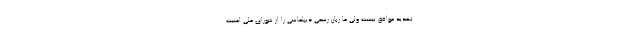
تهدید موافق نیست ولی ما زبان رسمی دیپلماسی را از شورای ملی امنیت